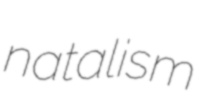
natalism